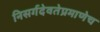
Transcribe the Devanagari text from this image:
निसर्गदेवतेप्रमाणेच